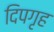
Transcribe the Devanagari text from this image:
दिपगृह